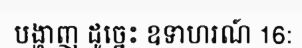
បង្ហាញ ដូច្នេះ ឧទាហរណ៍ 16: